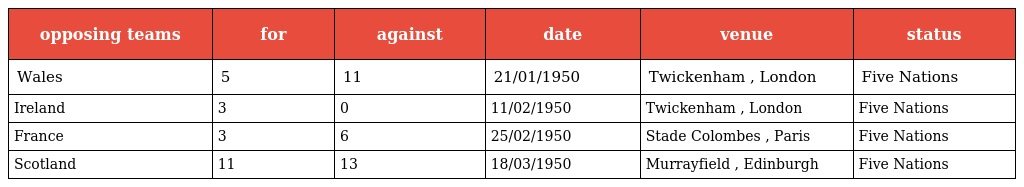
| opposing teams | for | against | date | venue | status |
 | --- | --- | --- | --- | --- | --- |
 | Wales | 5 | 11 | 21/01/1950 | Twickenham , London | Five Nations |
 | Ireland | 3 | 0 | 11/02/1950 | Twickenham , London | Five Nations |
 | France | 3 | 6 | 25/02/1950 | Stade Colombes , Paris | Five Nations |
 | Scotland | 11 | 13 | 18/03/1950 | Murrayfield , Edinburgh | Five Nations |